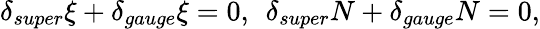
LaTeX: \delta_{super}\xi+\delta_{gauge}\xi=0,\: \: \delta_{super}N+\delta_{gauge}N=0,